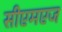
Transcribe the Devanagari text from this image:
सीएमएज